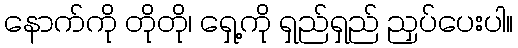
နောက်ကို တိုတို၊ ရှေ့ကို ရှည်ရှည် ညှပ်ပေးပါ။